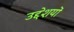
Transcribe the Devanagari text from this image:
उद्देशयों